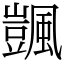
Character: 颽